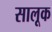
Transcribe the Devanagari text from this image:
सालूक